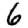
Digit: 6